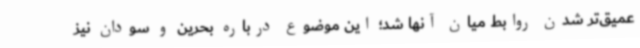
عمیق‌تر شدن روابط میان آنها شد؛ این موضوع درباره بحرین و سودان نیز